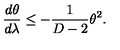
\frac { d \theta } { d \lambda } \leq - \frac { 1 } { D - 2 } \theta ^ { 2 } .